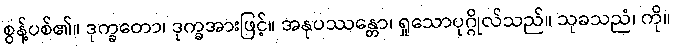
စွန့်ပစ်၏။ ဒုက္ခတော၊ ဒုက္ခအားဖြင့်။ အနုပဿန္တော၊ ရှုသောပုဂ္ဂိုလ်သည်။ သုခသညံ၊ ကို။